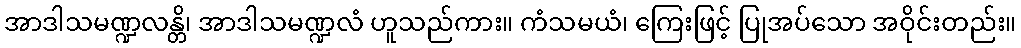
အာဒါသမဏ္ဍလန္တိ၊ အာဒါသမဏ္ဍလံ ဟူသည်ကား။ ကံသမယံ၊ ကြေးဖြင့် ပြုအပ်သော အဝိုင်းတည်း။